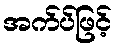
အက်ပ်ဖြင့်